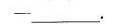
-_____.